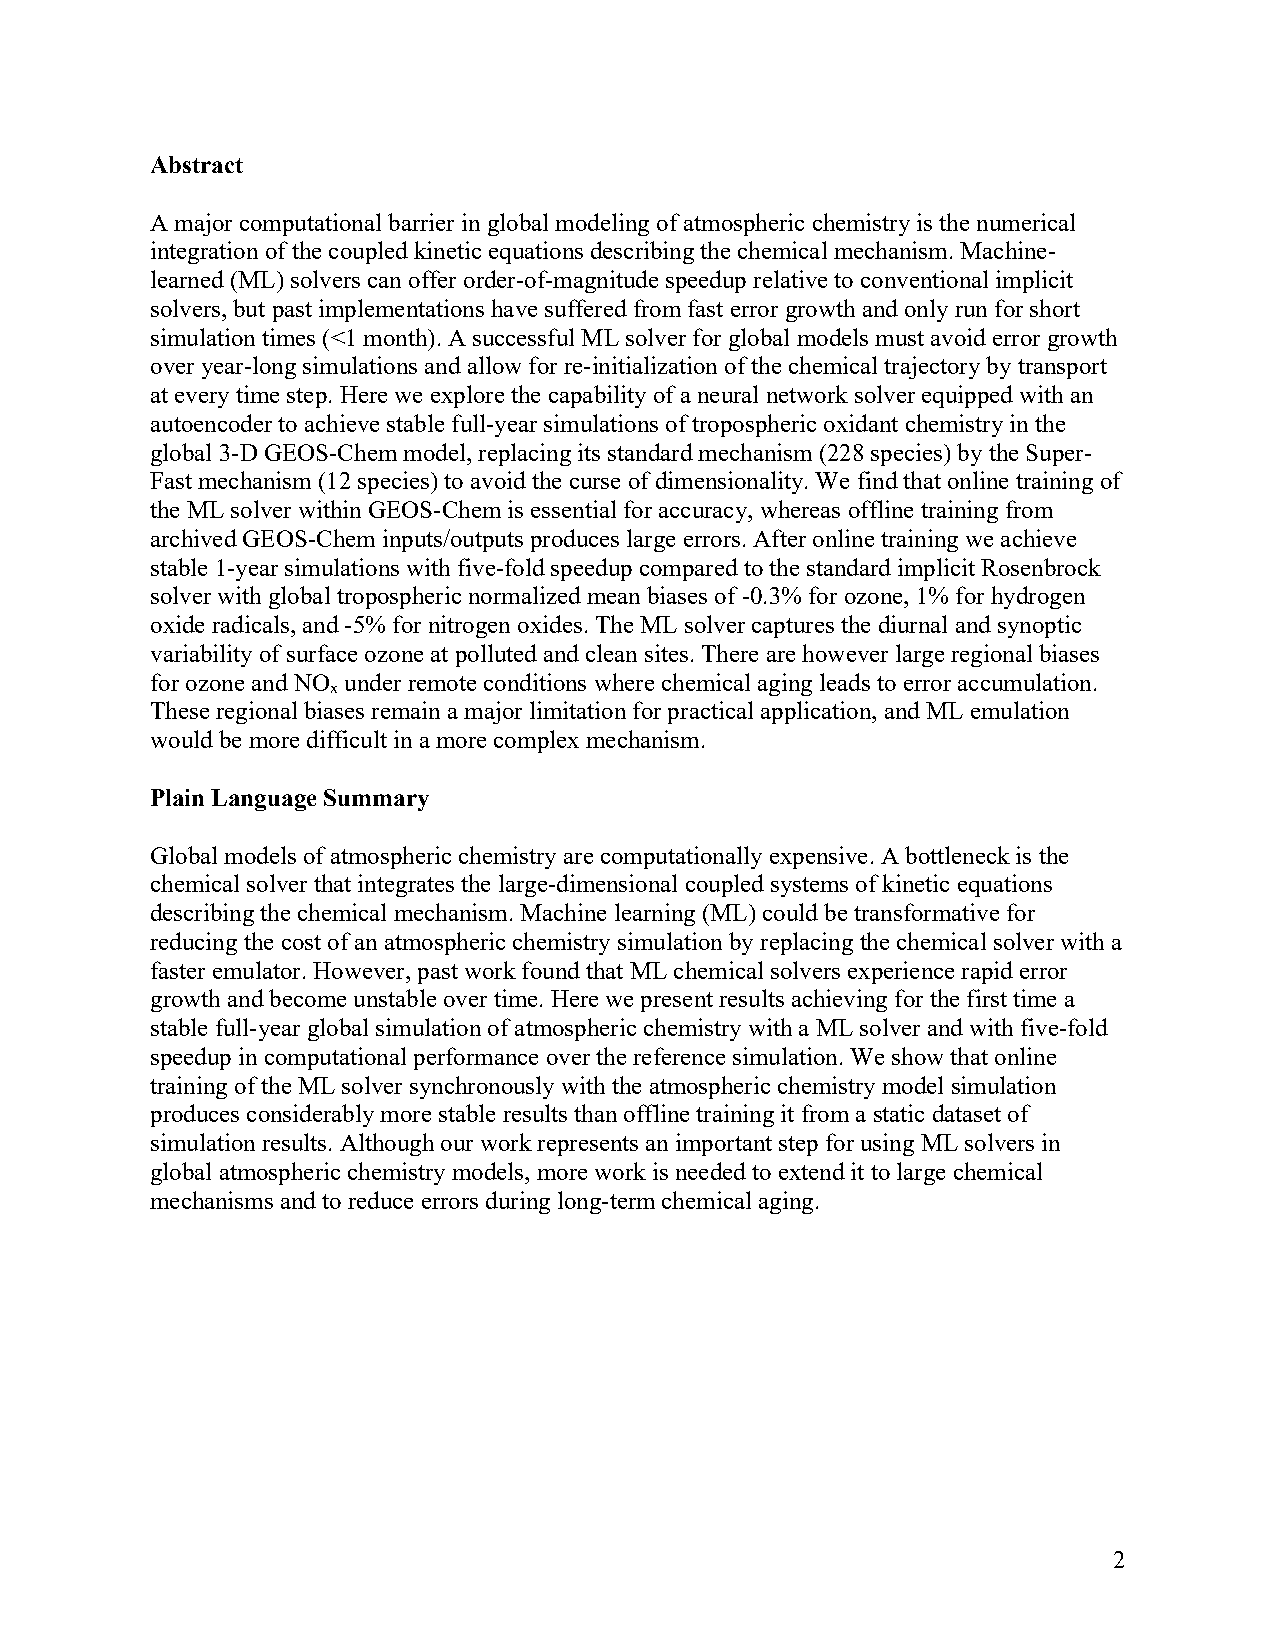
Abstract
 A major computational barrier in global modeling of atmospheric chemistry is the numerical
 integration of the coupled kinetic equations describing the chemical mechanism. Machine-
 learned (ML) solvers can offer order-of-magnitude speedup relative to conventional implicit
 solvers, but past implementations have suffered from fast error growth and only run for short
 simulation times (<1 month). A successful ML solver for global models must avoid error growth
 over year-long simulations and allow for re-initialization of the chemical trajectory by transport
 at every time step. Here we explore the capability of a neural network solver equipped with an
 autoencoder to achieve stable full-year simulations of tropospheric oxidant chemistry in the
 global 3-D GEOS-Chem model, replacing its standard mechanism (228 species) by the Super-
 Fast mechanism (12 species) to avoid the curse of dimensionality. We find that online training of
 the ML solver within GEOS-Chem is essential for accuracy, whereas offline training from
 archived GEOS-Chem inputs/outputs produces large errors. After online training we achieve
 stable 1-year simulations with five-fold speedup compared to the standard implicit Rosenbrock
 solver with global tropospheric normalized mean biases of -0.3% for ozone, 1% for hydrogen
 oxide radicals, and -5% for nitrogen oxides. The ML solver captures the diurnal and synoptic
 variability of surface ozone at polluted and clean sites. There are however large regional biases
 for ozone and NO under remote conditions where chemical aging leads to error accumulation.
 x
 These regional biases remain a major limitation for practical application, and ML emulation
 would be more difficult in a more complex mechanism.
 Plain Language Summary
 Global models of atmospheric chemistry are computationally expensive. A bottleneck is the
 chemical solver that integrates the large-dimensional coupled systems of kinetic equations
 describing the chemical mechanism. Machine learning (ML) could be transformative for
 reducing the cost of an atmospheric chemistry simulation by replacing the chemical solver with a
 faster emulator. However, past work found that ML chemical solvers experience rapid error
 growth and become unstable over time. Here we present results achieving for the first time a
 stable full-year global simulation of atmospheric chemistry with a ML solver and with five-fold
 speedup in computational performance over the reference simulation. We show that online
 training of the ML solver synchronously with the atmospheric chemistry model simulation
 produces considerably more stable results than offline training it from a static dataset of
 simulation results. Although our work represents an important step for using ML solvers in
 global atmospheric chemistry models, more work is needed to extend it to large chemical
 mechanisms and to reduce errors during long-term chemical aging.
 2